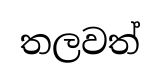
තලවත්